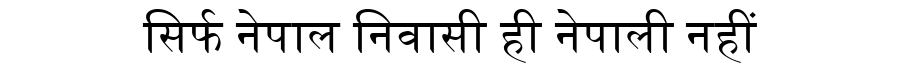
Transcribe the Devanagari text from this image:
सिर्फ नेपाल निवासी ही नेपाली नहीं